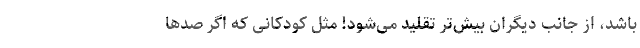
باشد، از جانب دیگران بیش‌تر تقلید می‌شود! مثل کودکانی که اگر صدها